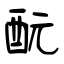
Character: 酛